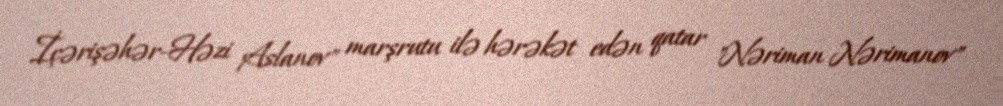
İçərişəhər-Həzi Aslanov" marşrutu ilə hərəkət edən qatar "Nəriman Nərimanov"